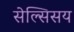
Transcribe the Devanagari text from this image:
सेल्सिसय